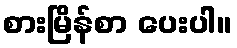
စားမြိန်စာ ပေးပါ။